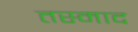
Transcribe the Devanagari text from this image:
तस्माद